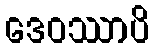
ဒေဝဿာပိ